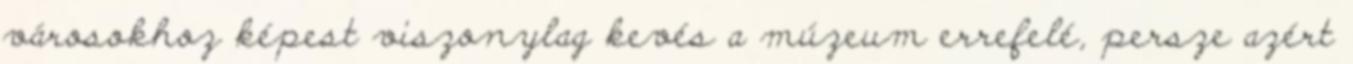
városokhoz képest viszonylag kevés a múzeum errefelé, persze azért